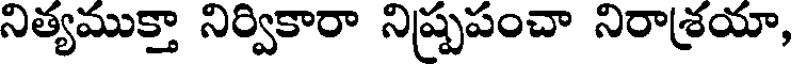
నిత్యముక్తా నిర్వికారా నిష్ప్రపంచా నిరాశ్రయా,